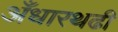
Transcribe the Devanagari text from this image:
अँधारथढी